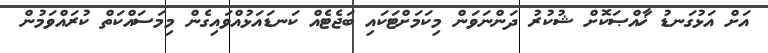
އަށް އަޅުގަނޑު ޚާއްޞަކޮށް ޝުކުރު ދަންނަވަން މިކަމަށްޓަކައި ބަޖެޓެއް ކަނޑައަޅުއްވައިގެން މިމަސައްކަތް ކުރައްވަމުން